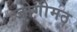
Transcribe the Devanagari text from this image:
जोगीमठ